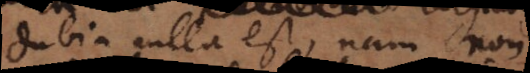
Dubia nulla est, nam non